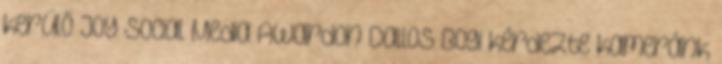
kerülő JOY Social Media Awardon Dallos Bogi kérdezte kameránk